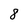
Character: 8